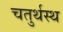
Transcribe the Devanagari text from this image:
चतुर्थस्थ